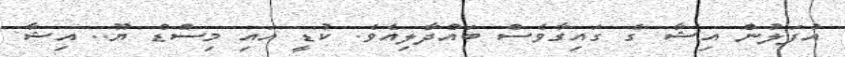
އުފަލުން އިޝާ ގެ ގައިގާވެސް ބައްދާލިއެވެ. ކުޑީ އައި މިސްޑް ޔޫ.. އިޝާ